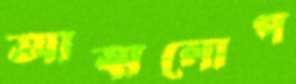
আত্মলোপ